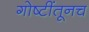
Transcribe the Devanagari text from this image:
गोष्टींतूनच